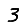
Digit: 3